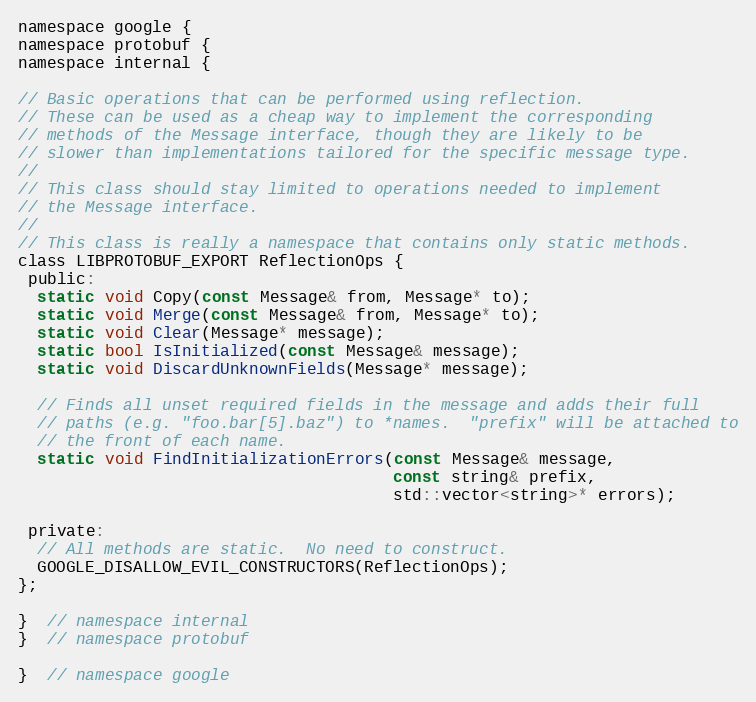
Language: C
namespace google {
namespace protobuf {
namespace internal {

// Basic operations that can be performed using reflection.
// These can be used as a cheap way to implement the corresponding
// methods of the Message interface, though they are likely to be
// slower than implementations tailored for the specific message type.
//
// This class should stay limited to operations needed to implement
// the Message interface.
//
// This class is really a namespace that contains only static methods.
class LIBPROTOBUF_EXPORT ReflectionOps {
 public:
  static void Copy(const Message& from, Message* to);
  static void Merge(const Message& from, Message* to);
  static void Clear(Message* message);
  static bool IsInitialized(const Message& message);
  static void DiscardUnknownFields(Message* message);

  // Finds all unset required fields in the message and adds their full
  // paths (e.g. "foo.bar[5].baz") to *names.  "prefix" will be attached to
  // the front of each name.
  static void FindInitializationErrors(const Message& message,
                                       const string& prefix,
                                       std::vector<string>* errors);

 private:
  // All methods are static.  No need to construct.
  GOOGLE_DISALLOW_EVIL_CONSTRUCTORS(ReflectionOps);
};

}  // namespace internal
}  // namespace protobuf

}  // namespace google